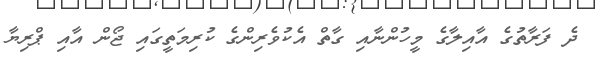
ދެ ފަރާތުގެ އާއިލާގެ މީހުންނާއި ގާތް އެކުވެރިންގެ ކުރިމަތީގައި ޖޯން އާއި ޕްރިޔާ